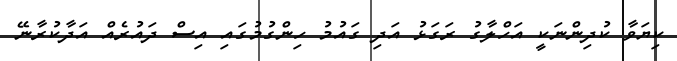
ކިޔަވާ ކުދިންނަކީ އަހްލާގު ރަގަޅު އަދި ގައުމު ހިންގުމުގައި އިސް ދައުރެއް އަދާކުރާނޭ